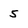
Character: 5